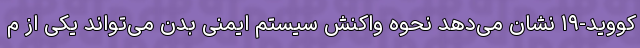
کووید-۱۹ نشان می‌دهد نحوه واکنش سیستم ایمنی بدن می‌تواند یکی از م